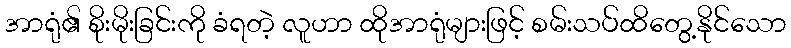
အာရုံ၏ စိုးမိုးခြင်းကို ခံရတဲ့ လူဟာ ထိုအာရုံများဖြင့် စမ်းသပ်ထိတွေ့နိုင်သော